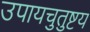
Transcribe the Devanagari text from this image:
उपायचुतुष्टय